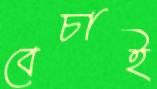
বেচাই